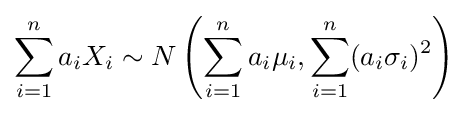
\sum _{i=1}^{n}a_{i}X_{i}\sim N\left(\sum _{i=1}^{n}a_{i}\mu _{i},\sum _{i=1}^{n}(a_{i}\sigma _{i})^{2}\right)